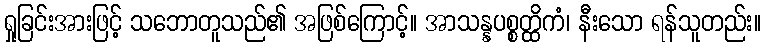
ရှုခြင်းအားဖြင့် သဘောတူသည်၏ အဖြစ်ကြောင့်။ အာသန္နပစ္စတ္ထိကံ၊ နီးသော ရန်သူတည်း။